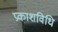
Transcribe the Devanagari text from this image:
प्रकाशविधि